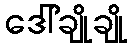
ဒေါ်ချိုချို